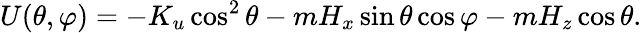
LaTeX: U(\theta,\varphi)=-K_{u}\cos^{2}\theta-mH_{x}\sin\theta\cos\varphi-mH_{z}\cos\theta.